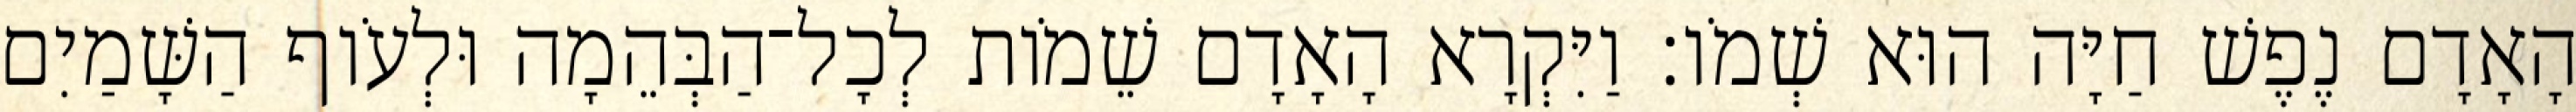
הָאָדָם נֶפֶשׁ חַיָּה הוּא שְׁמֹו׃ וַיִּקְרָא הָאָדָם שֵׁמֹות לְכָל־הַבְּהֵמָה וּלְעֹוף הַשָּׁמַיִם